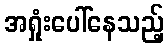
အရှုံးပေါ်နေသည့်